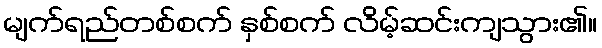
မျက်ရည်တစ်စက် နှစ်စက် လိမ့်ဆင်းကျသွား၏။